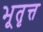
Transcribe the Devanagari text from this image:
भूतृत्त